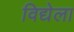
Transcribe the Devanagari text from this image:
विद्येला